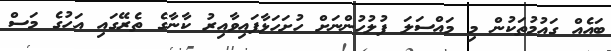
ބައެއް ގައުމުތަކުން މި މައްސަލަ ފުލުހުންނަށް ހުށަހަޅާފައިވާއިރު ކާނާގެ ތެރޭގައި އަހުގެ މަސް